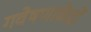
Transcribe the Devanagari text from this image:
गवेषणाकेंद्रों